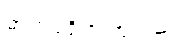
ဓာတ်ပုံရိုက်ကြသည်